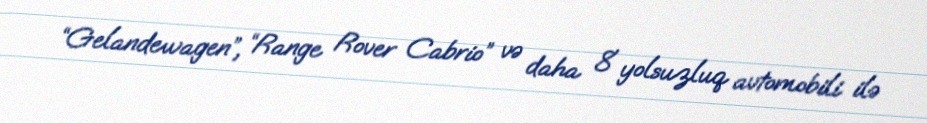
“Gelandewagen”, “Range Rover Cabrio” və daha 8 yolsuzluq avtomobili ilə